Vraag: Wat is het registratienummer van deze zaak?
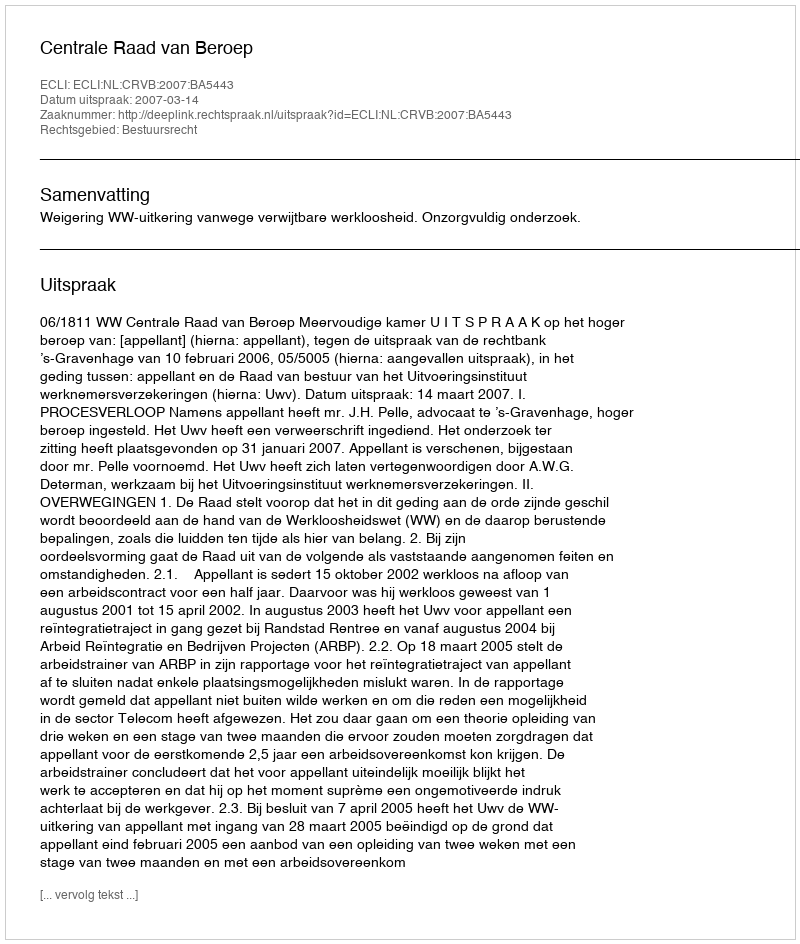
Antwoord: http://deeplink.rechtspraak.nl/uitspraak?id=ECLI:NL:CRVB:2007:BA5443